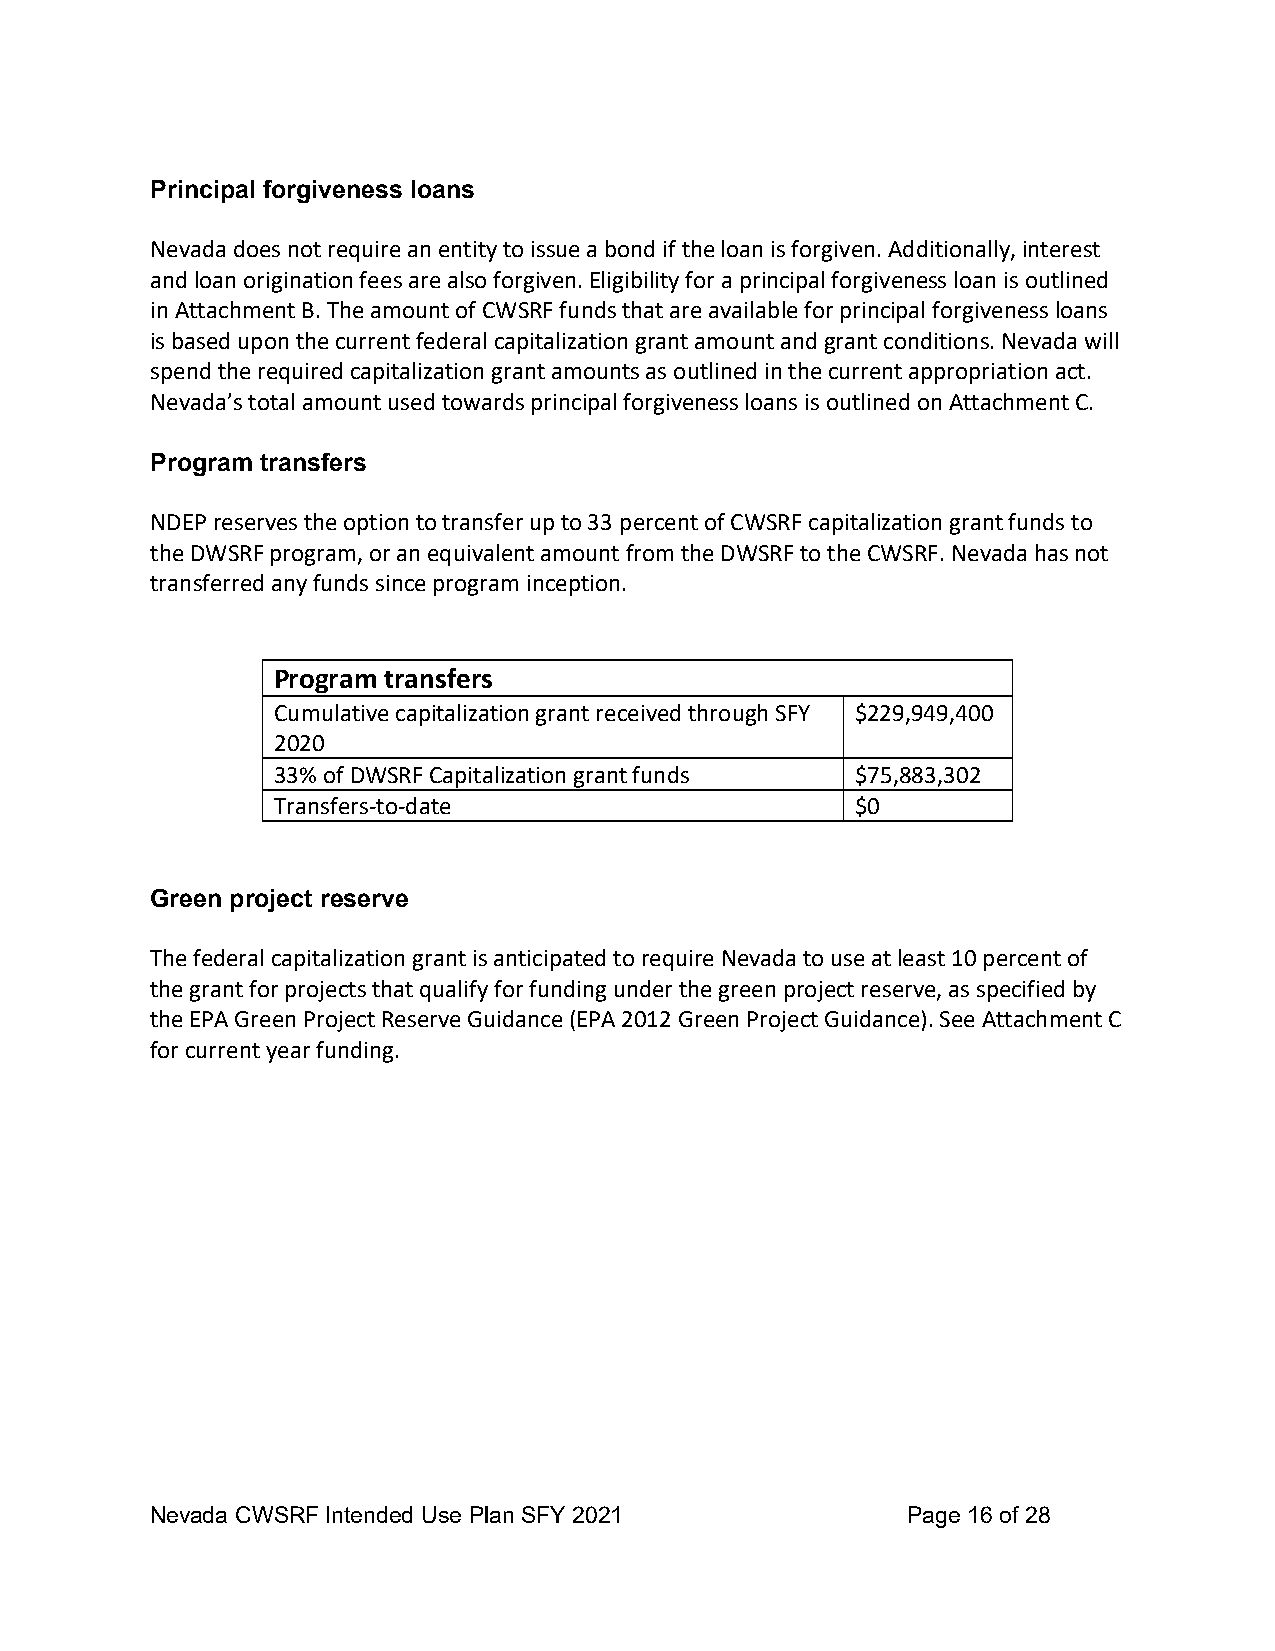
Principal forgiveness loans
 Nevada does not require an entity to issue a bond if the loan is forgiven. Additionally, interest
 and loan origination fees are also forgiven. Eligibility for a principal forgiveness loan is outlined
 in Attachment B. The amount of CWSRF funds that are available for principal forgiveness loans
 is based upon the current federal capitalization grant amount and grant conditions. Nevada will
 spend the required capitalization grant amounts as outlined in the current appropriation act.
 Nevada’s total amount used towards principal forgiveness loans is outlined on Attachment C.
 Program transfers
 NDEP reserves the option to transfer up to 33 percent of CWSRF capitalization grant funds to
 the DWSRF program, or an equivalent amount from the DWSRF to the CWSRF. Nevada has not
 transferred any funds since program inception.
 Program transfers
 Cumulative capitalization grant received through SFY $229,949,400
 2020
 33% of DWSRF Capitalization grant funds $75,883,302
 Transfers-to-date                      $0
 Green project reserve
 The federal capitalization grant is anticipated to require Nevada to use at least 10 percent of
 the grant for projects that qualify for funding under the green project reserve, as specified by
 the EPA Green Project Reserve Guidance (EPA 2012 Green Project Guidance). See Attachment C
 for current year funding.
 Nevada CWSRF Intended Use Plan SFY 2021           Page 16 of 28